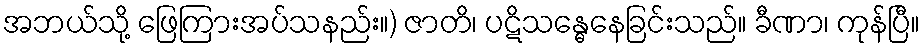
အဘယ်သို့ ဖြေကြားအပ်သနည်း။) ဇာတိ၊ ပဋိသန္ဓေနေခြင်းသည်။ ခီဏာ၊ ကုန်ပြီ။